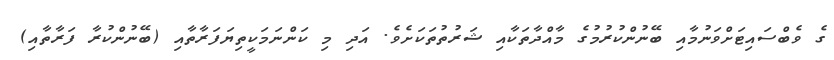
ގެ ވެބްސައިޓަށްވަނުމާއި ބޭނުންކުރުމުގެ މާއްދާތަކާއި ޝަރުތުތަކަށެވެ. އަދި މި ކަންނަމަކީތިޔަފަރާތާއި (ބޭނުންކުރާ ފަރާތާއި)